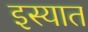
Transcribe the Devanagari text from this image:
इस्यात